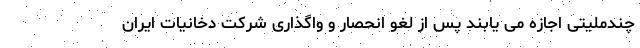
چندملیتی اجازه می یابند پس از لغو انحصار و واگذاری شرکت دخانیات ایران